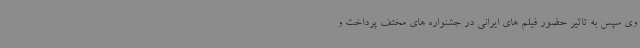
وی سپس به تاثیر حضور فیلم های ایرانی در جشنواره های مختف پرداخت و